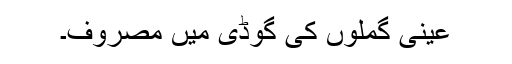
عینی گملوں کی گوڈی میں مصروف۔